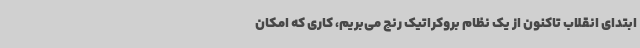
ابتدای انقلاب تاکنون از یک نظام بروکراتیک رنج می‌بریم، کاری که امکان